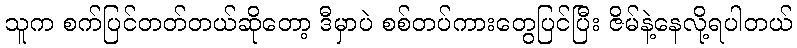
သူက စက်ပြင်တတ်တယ်ဆိုတော့ ဒီမှာပဲ စစ်တပ်ကားတွေပြင်ပြီး ဇိမ်နဲ့နေလို့ရပါတယ်